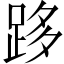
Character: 跢